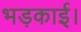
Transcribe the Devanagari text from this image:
भड़काई।